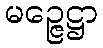
မဉ္ဇေဋ္ဌာ